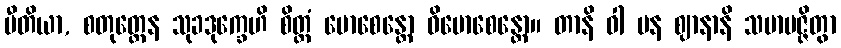
ပီတိယာ, စတုတ္ထေန သုခဒုက္ခေဟိ စိတ္တံ မောစေန္တော ဝိမောစေန္တော။ တာနိ ဝါ ပန ဈာနာနိ သမာပဇ္ဇိတွာ